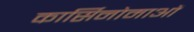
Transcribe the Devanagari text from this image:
कार्सिनोमाओं